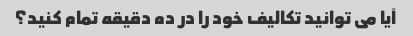
آیا می توانید تکالیف خود را در ده دقیقه تمام کنید؟